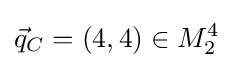
{\vec {q}}_{C}=(4,4)\in M_{2}^{4}